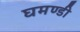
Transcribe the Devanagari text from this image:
घमण्‍डी